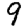
Digit: 9